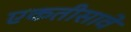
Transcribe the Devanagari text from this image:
एकतीसावे